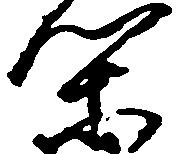
閑